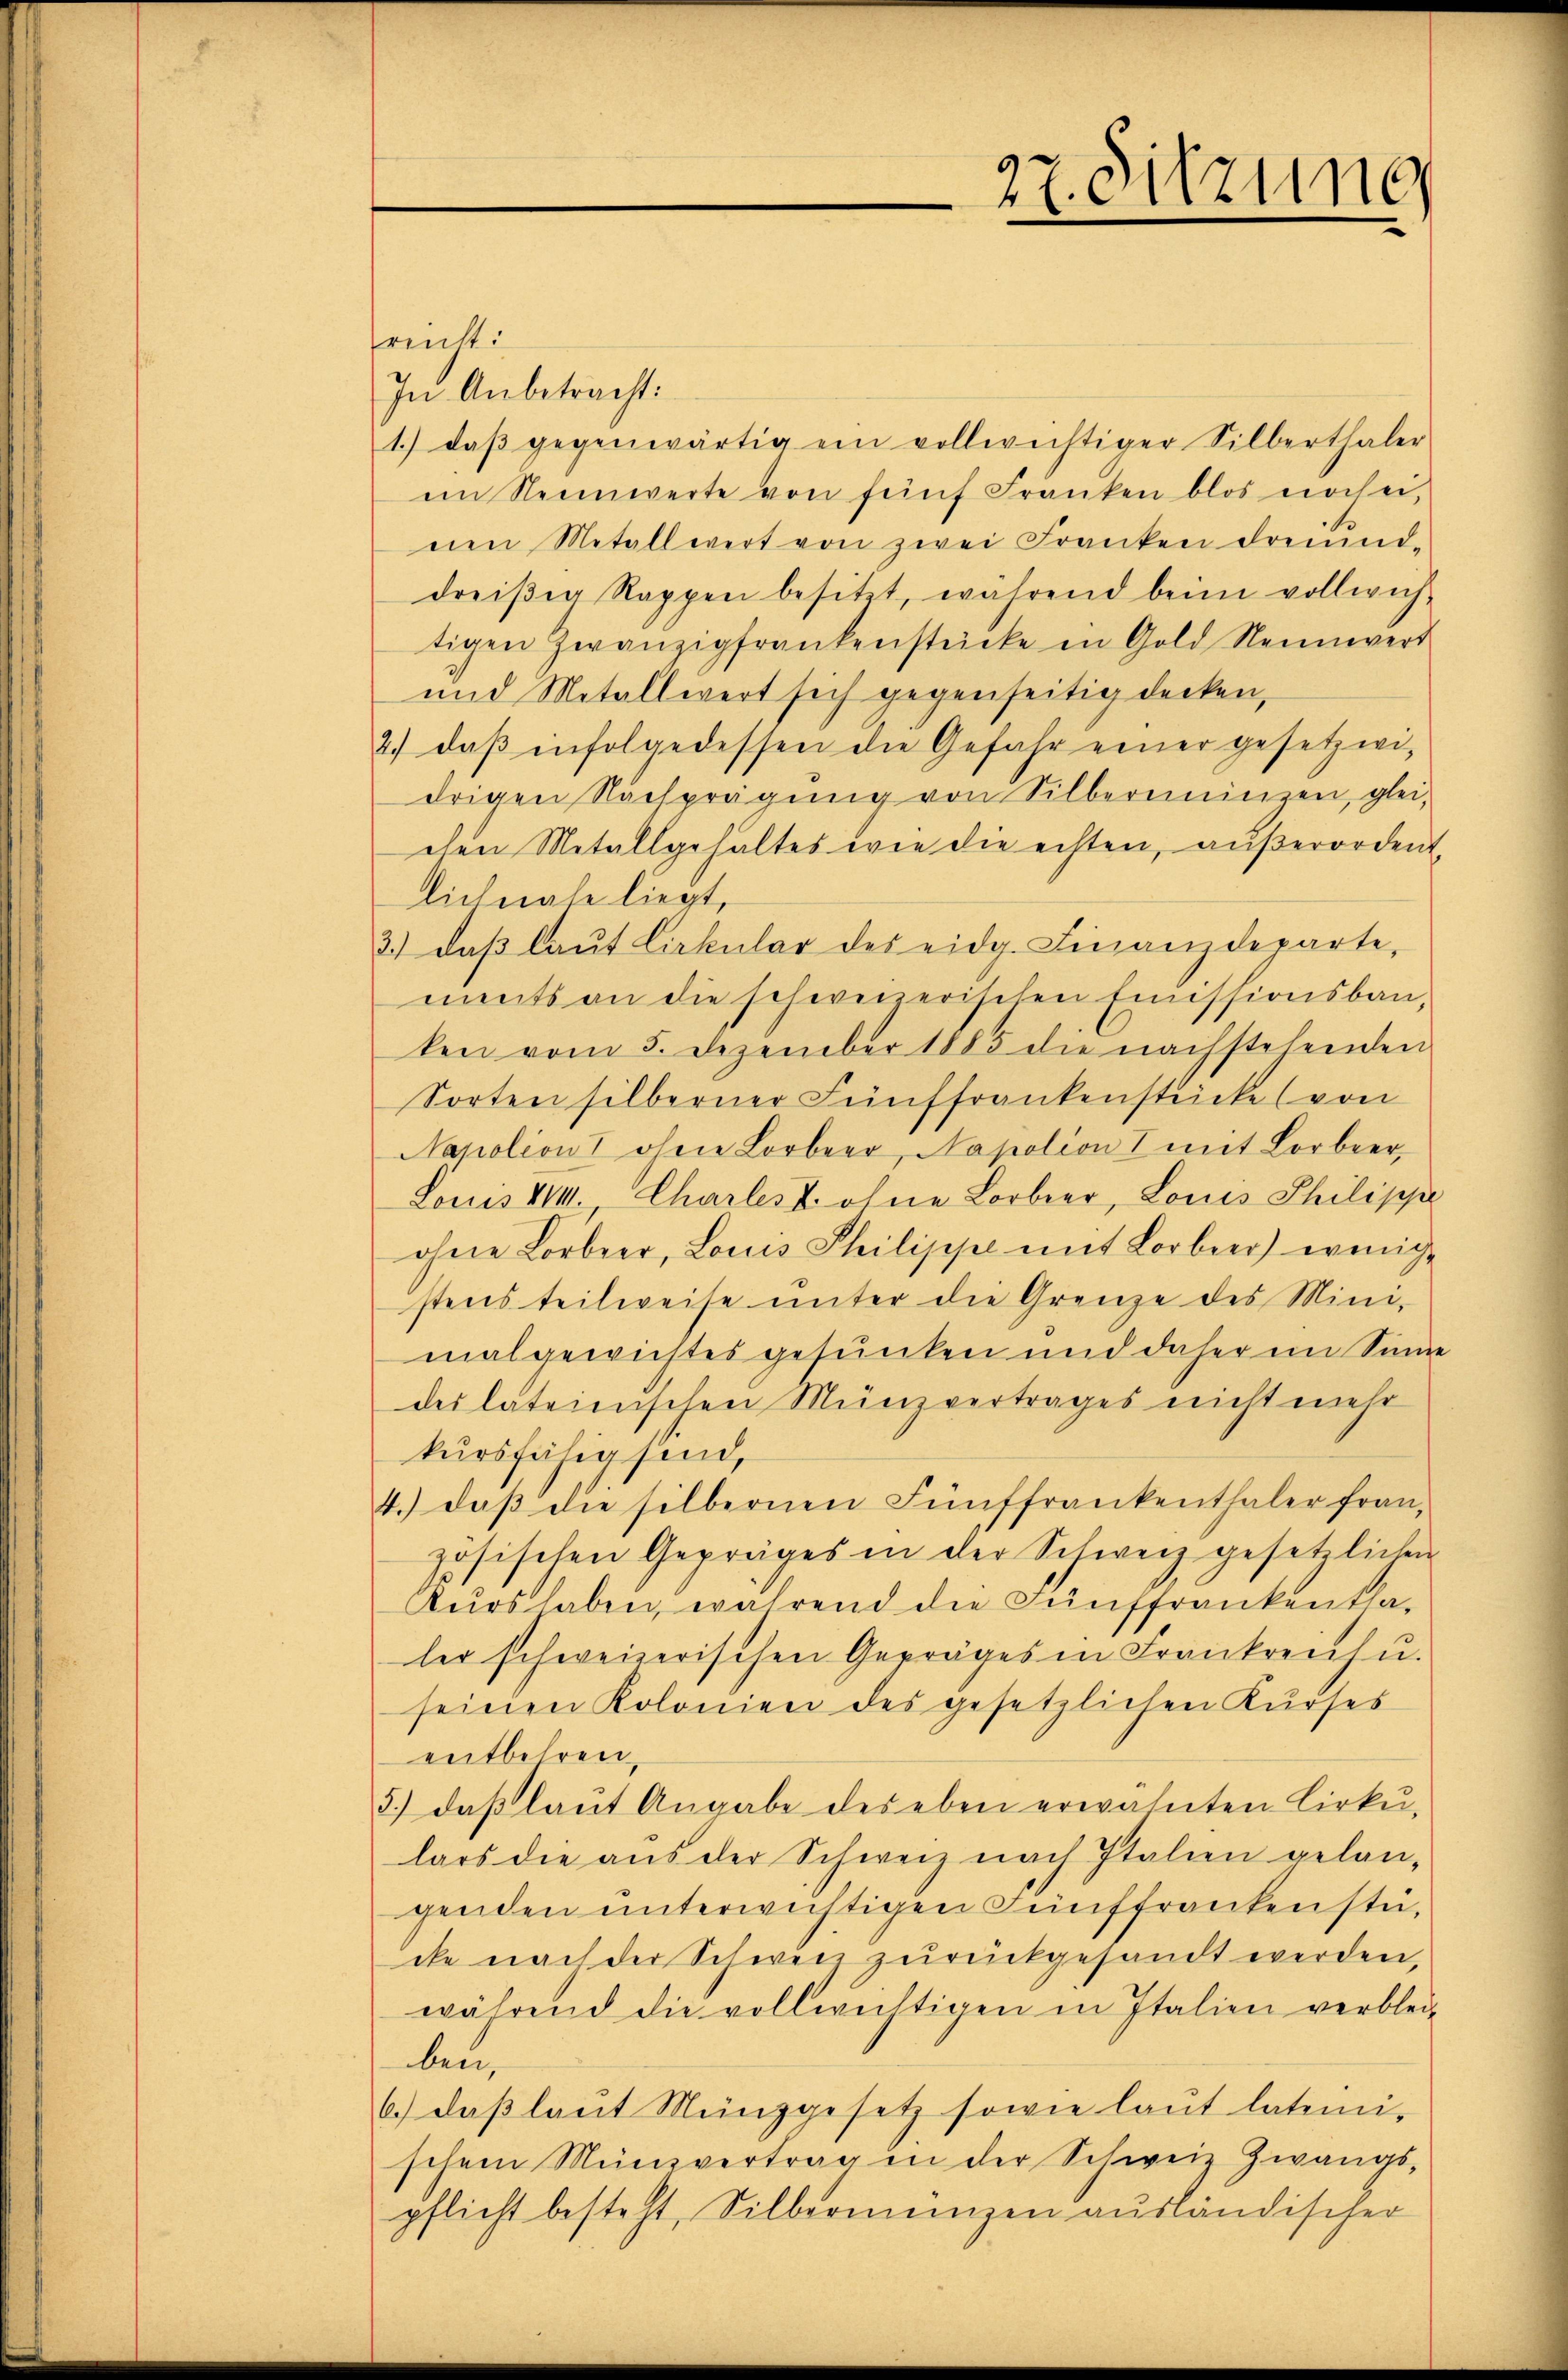
reiht:
In Anbetracht:
1.) daβ gegenwärtig ein vollwichtiger Silberthaler
im Neinwerte von fünf Franken blos noch ei
nen Metallwert von zwei Franken dreiund-
dreiβen Rappen besitzt, während beim vollwich-
tigen Zwanzigfrankenstücke in Gold Nennwert
und Metallwert sich gegenseitig decken,
2.) daβ infolgedessen die Gefahr einer gesetzwidrigen Nachprägŭng von Silbereinzen, glei
chen Metallgehaltes wie die echten, außerordene
licherate liegt,
3.) daβ laŭt Cirkular des eidg. Finanzdeparte,
ments an die schweizerischen Emissionsbauken vom 5. Dezember 1885 die nachstehenden
Sorten silberner Fünffrankenstücke (von
Napolion ohne Lorbeer, Napolion I mit Lorbeer
Louis VIIII, Charlest ohne Lorbeer, Louis Philippe
ohne Lorbeer, Locus Philippe mit Lorbeer) wenige
stens teilweise ŭnter die Grenze des Mini-
malgewichtes gesunken und daher im Sinne
dei lateinischen Münzvertrages nicht mehr
kursfähig sind,
4. daβ die silbernen Fünffrankenthaler fran
zösischen Gepräges in der Schweiz gesetzlichen
Kŭrs haben, während die Fünffrankentha-
ler schweizerischen Gepräges in Frankreich u.
seinen Kolonien des gesetzlichen Kurses
entbehren,
3.) daß laut Angabe des eben erwähnten Cirku
lars die aŭs der Schweiz nach Italien gelan-
genden unterwichtigen Fünffrankenstä
che nach der Schweiz zurückgesandt werden,
während die vollwichtigen in Italien verblei-
ben,
6.) daβ laŭt Münzgesetz sowie laŭt lateini-
schen Münzvertrag in der Schweiz Zwangs-
pflicht besteht, Silbermangen ausländischer

27. Sitzung